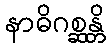
နာဓိဂစ္ဆန္တိ